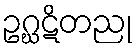
ဥဂ္ဃဋိတညု